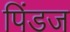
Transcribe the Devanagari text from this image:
पिंडज